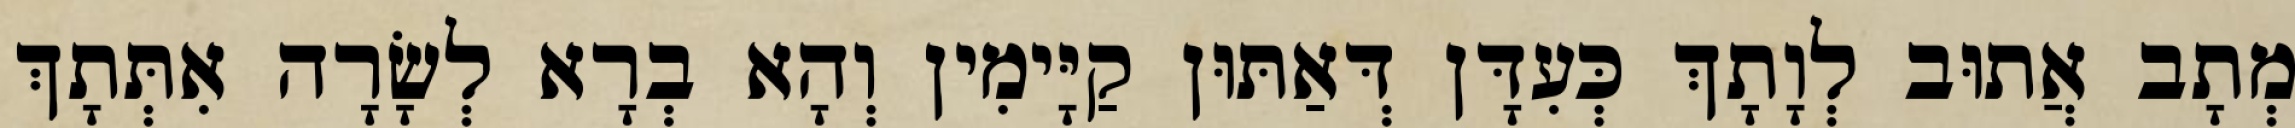
מְתָב אֲתוּב לְוָתָךְ כְּעִדָּן דְּאַתּוּן קַיָּימִין וְהָא בְרָא לְשָׂרָה אִתְּתָךְ